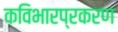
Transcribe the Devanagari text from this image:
कविभारप्रकरण